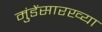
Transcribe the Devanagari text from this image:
मुंडेंसारख्या